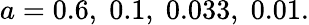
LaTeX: a=0.6,\; 0.1,\; 0.033,\; 0.01.